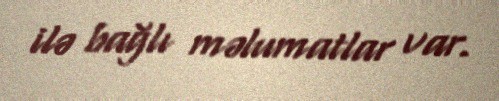
ilə bağlı məlumatlar var.